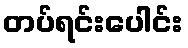
တပ်ရင်းပေါင်း